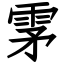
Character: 雺